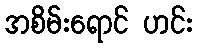
အစိမ်းရောင် ဟင်း